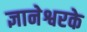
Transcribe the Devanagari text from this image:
ज्ञानेश्वरके